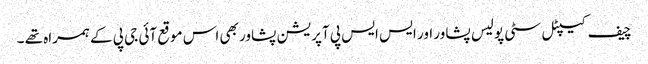
چیف کیپٹل سٹی پولیس پشاور اور ایس ایس پی آپریشن پشاور بھی اس موقع آئی جی پی کے ہمراہ تھے ۔